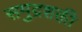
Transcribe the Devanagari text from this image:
समुद्रशक्ती